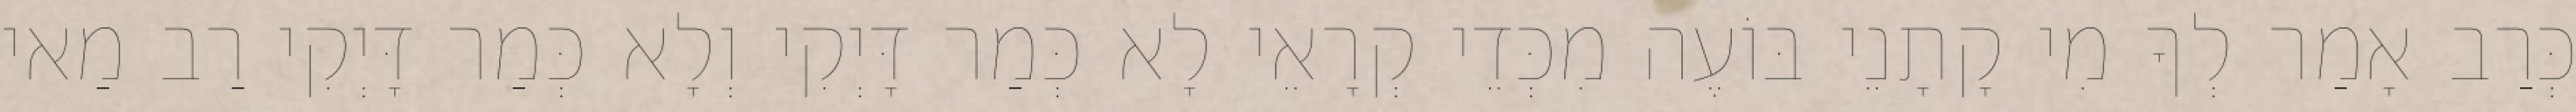
כְּרַב אָמַר לְךָ מִי קָתָנֵי בּוֹעֶה מִכְּדֵי קְרָאֵי לָא כְּמַר דָּיְקִי וְלָא כְּמַר דָּיְקִי רַב מַאי